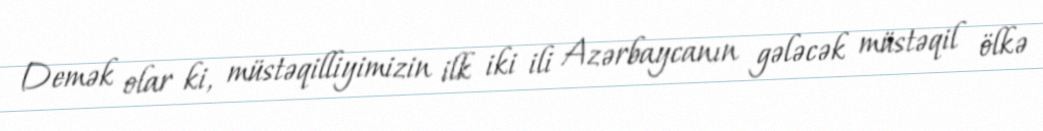
Demək olar ki, müstəqilliyimizin ilk iki ili Azərbaycanın gələcək müstəqil ölkə